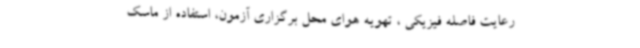
رعایت فاصله فیزیکی ، تهویه هوای محل برگزاری آزمون، استفاده از ماسک